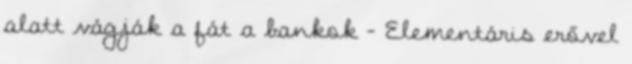
alatt vágják a fát a bankok – Elementáris erővel